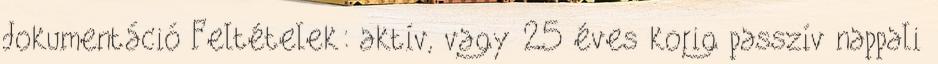
dokumentáció Feltételek: aktív, vagy 25 éves korig passzív nappali